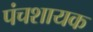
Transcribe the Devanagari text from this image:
पंचशायक